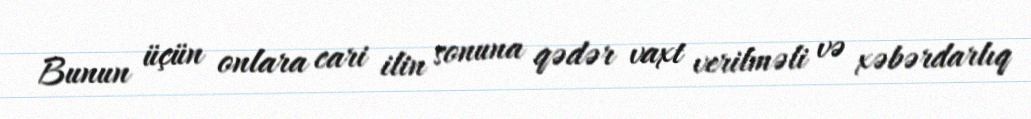
Bunun üçün onlara cari ilin sonuna qədər vaxt verilməli və xəbərdarlıq